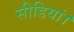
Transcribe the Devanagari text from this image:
सीडियां।